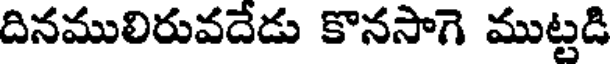
దినములిరువదేడు కొనసాగె ముట్టడి